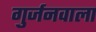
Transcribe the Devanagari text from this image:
गुर्जनवाला